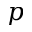
p